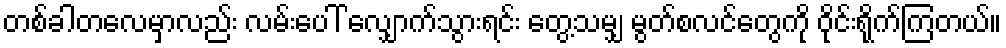
တစ်ခါတလေမှာလည်း လမ်းပေါ် လျှောက်သွားရင်း တွေ့သမျှ မွတ်စလင်တွေကို ဝိုင်းရိုက်ကြတယ်။